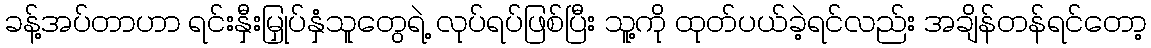
ခန့်အပ်တာဟာ ရင်းနှီးမြှုပ်နှံသူတွေရဲ့ လုပ်ရပ်ဖြစ်ပြီး သူ့ကို ထုတ်ပယ်ခဲ့ရင်လည်း အချိန်တန်ရင်တော့